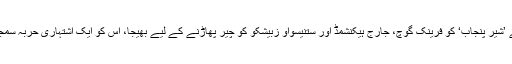
زبیشکو لکھتے ہیں کہ ‘پٹیالہ کے مہاراجہ نے ’شیرِ پنجاب‘ کو فرینک گوچ، جارج ہیکنشمڈ اور ستنیسواو زبیشکو کو چیر پھاڑنے کے لیے بھیجا، اس کو ایک اشتہاری حربہ سمجھتے ہوئے میں نے یہ چیلنج نظرانداز کر دیا۔